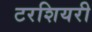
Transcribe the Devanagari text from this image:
टरशियरी